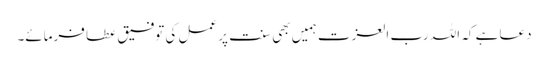
دعا ہے کہ اللہ رب العزت ہمیں بھی سنت پر عمل کی توفیق عطا فرمائے۔